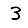
Digit: 3